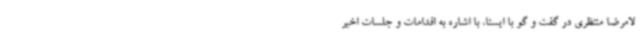
لامرضا منتظری در گفت و گو با ایسنا، با اشاره به اقدامات و جلسات اخیر